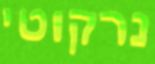
נרקוטי